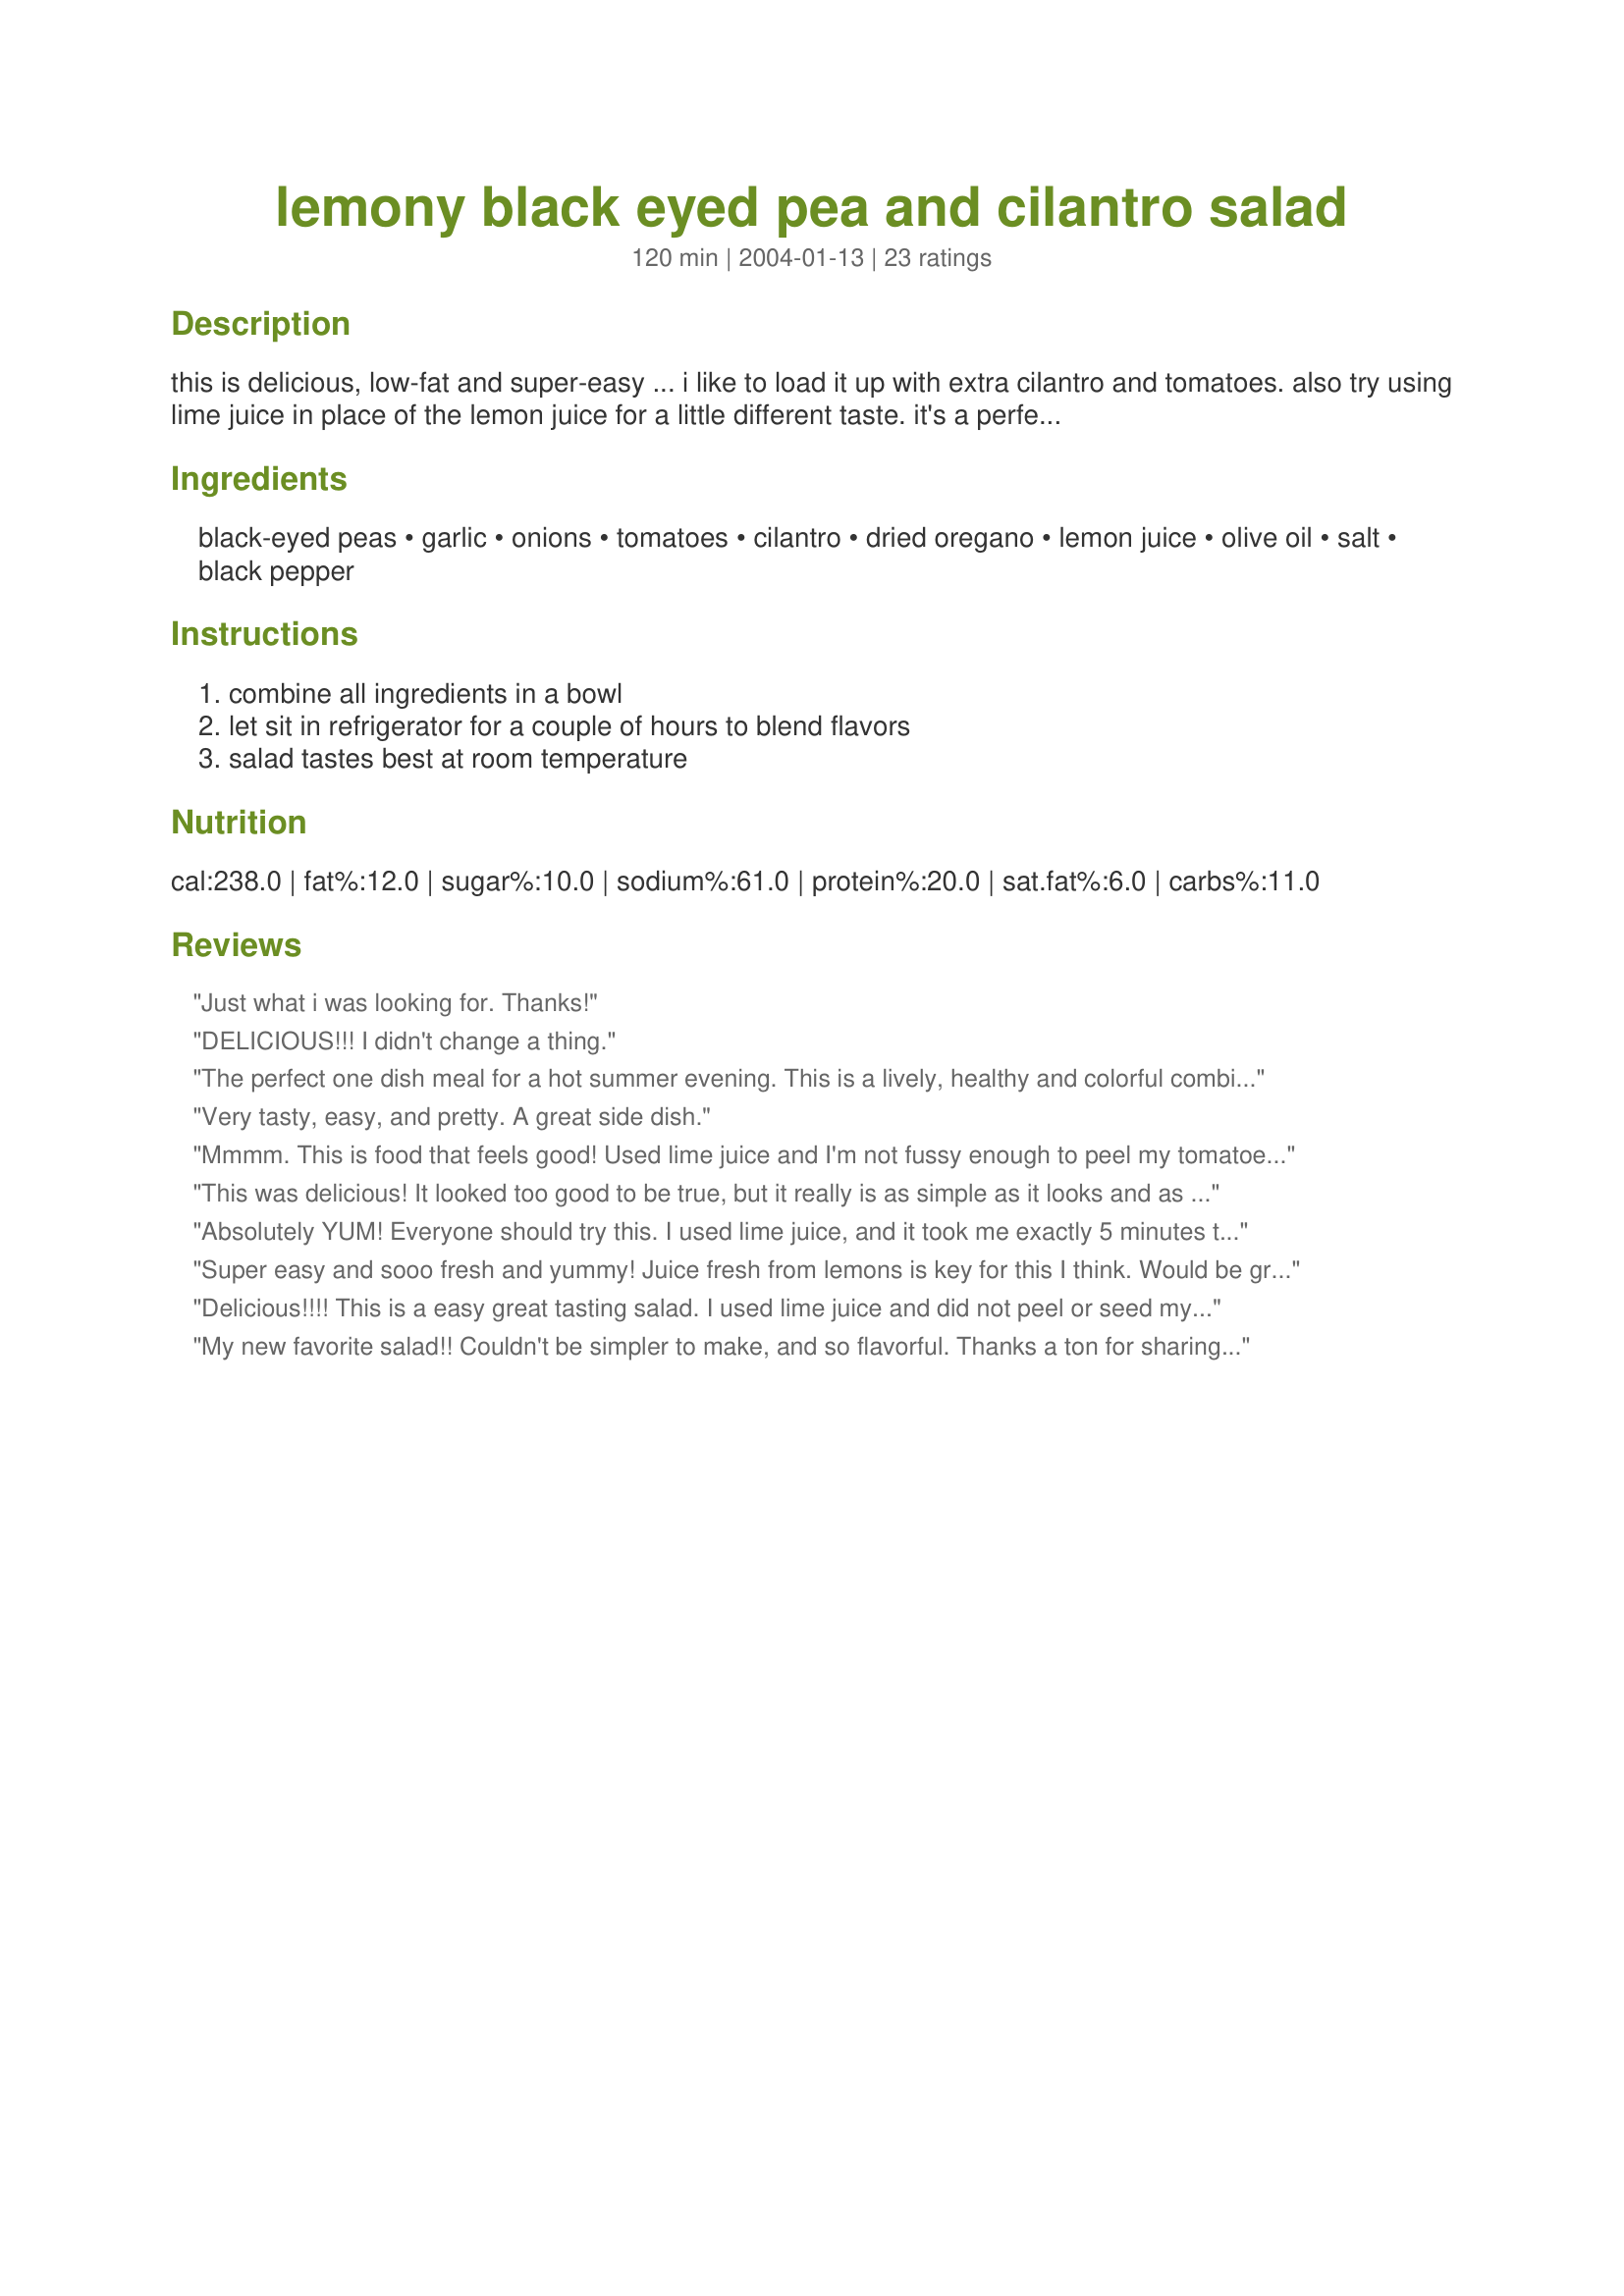
lemony black eyed pea and cilantro salad
Preparation time: 120 minutes

this is delicious, low-fat and super-easy ... i like to load it up with extra cilantro and tomatoes. also try using lime juice in place of the lemon juice for a little different taste. it's a perfect vegetarian main dish salad, or serve it as a side dish with grilled or roasted pork or ham. prep time includes time spent in the refrigerator blending flavors; yield depends on whether salad is eaten as the main dish or as a side dish.

Ingredients:
black-eyed peas, garlic, onions, tomatoes, cilantro, dried oregano, lemon juice, olive oil, salt, black pepper

Steps:
combine all ingredients in a bowl, let sit in refrigerator for a couple of hours to blend flavors, salad tastes best at room temperature

Reviews:
Just what i was looking for. Thanks!
DELICIOUS!!! I didn't change a thing.
The perfect one dish meal for a hot summer evening. This is a lively, healthy and colorful combination of flavors. I used the juice from one lemon, green onions and approximately 1 tsp of dried cilantro, which were the only changes I made. Thanks, EdsgirlAngie
Very tasty, easy, and pretty. A great side dish.
Mmmm. This is food that feels good! Used lime juice and I'm not fussy enough to peel my tomatoes. Delicious! We'll be making this one often, I can tell! Thanks for the great recipe!
This was delicious! It looked too good to be true, but it really is as simple as it looks and as tasty as it claims! I scooped up the salad on tortilla chips one day & had it as a light but satisfying lunch. Sometimes the simpler the recipe is the better the results taste!
Absolutely YUM! Everyone should try this. I used lime juice, and it took me exactly 5 minutes to throw it together. Very good over fresh greens.
Super easy and sooo fresh and yummy! Juice fresh from lemons is key for this I think. Would be great with chickpeas too! Nice way to use up leftover cilantro since you always have to buy it in a massive bunch.
Delicious!!!! This is a easy great tasting salad. I used lime juice and did not peel or seed my tomatoes either. Fabulous taste!!!!
My new favorite salad!! Couldn't be simpler to make, and so flavorful. Thanks a ton for sharing!! :)
Wow. This is fabulous! What a great combination of flavors... Creamy black eyed peas, fruity olive oil, sharp cilantro. YUM. Great lunch salad. Thanks for sharing. :)
This is so good. I used a small shallot for the onion and halved grape tomatoes. I also squeezed on extra lemon juice. As much as I love lime, I think this salad is great with lemon and wouldn't be quite as good with lime.
I am finding that I really enjoy bean salads! I would have never thought cilantro & black eyed peas would go together but they definitely do! Thanks for an easy lunch! :)
YUMMY! This is a fantastic recipe! I didn't peel the tomato I just seeded it and chopped it up cold. I didn't have lemon juice so I used lime juice and it was still yummy! I used more onion than and cilantro than called for because I love them both. I will make this again! Thank you for the recipe!
I LOVE this salad!!! It is so quick and easy to make (I didn't peel or seed the tomato because I'm not into that...I feel like it just takes up extra time, and I like the tomato seediness) and it is sooooo good! I used red onion, and two cloves of garlic. I would recommend doubling the recipe, because it's so good you'll wish you had more!
Absolutely SCRUMPTIOUS! Wonderful fresh salad that packs a great FIBER punch! I did not peel or seed the tomato and tripled the amount of cilantro. Make sure you use freshly squeezed lemon juice as it DOES make a difference.
Absolutely and perfectly wonderful!! I followed the directions exactly, and the result was even yummier than I hoped. Such a great part of a summer meal because it's so cool and refreshing. I had this with Recipe #116150, but it would be wonderful next to any chicken or steak or even just alone for a healthy vegetarian meal. Wow. Thanks for sharing a real keeper!
Just heavenly whether it is cold or at room temp!!

I also did not take the time to peel the tomatoes. I added the zest of the lemon and added some chopped serrano chilies for some heat!! Will make again!! Thank you for the recipe.
Delicious. I am cooking very low-sodium right now, so I soaked and cooked dried black-eyed peas. While they were cooking, I made the dressing with just a pinch of salt. I also used fresh oregano from the garden and did not seed the tomato after watching an America's Test Kitchen episode which concluded that the flavor is carried by the jelly around the seeds. I tossed the warm beans with the dressing - let me tell you, I could not resist "tasting" them repeatedly. Black eyed peas cook up pretty quickly, so if you watching sodium, try doing that intead of using the canned.
Perfect ... just what I needed
As soon as I see 'lemon' I'm hooked....add 'cilantro' and I'm really gone!!! What a great little salad! Easy and great tasting!
Just realized on re-reading the recipe, I should've peeled and seeded the tomatoes. Oops....didn't do that, but it didn't matter. We really enjoyed it....it will be made often.
Thanks EGA!
Delicious, sure to become a regular. I sauteed the onion and garlic though as I don't like them raw. Made me think, how about serving this as a side to a mess of roasted veggies such as peppers, onion slabs, a couple of varieties of potatoes. Then add some cornbread or rice and voila! Mmmm...can't wait til tommorrow night!
I use this recipe every time I have left over black eye peas. Always turns out great!
